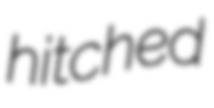
hitched